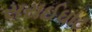
સરાઈઘાટ